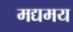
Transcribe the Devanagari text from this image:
मद्यमय